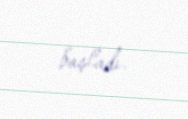
başladı.